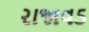
રાજાવડ